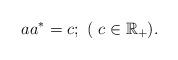
LaTeX: \begin{align*} aa^* = c; \ ( \ c \in \mathbb{R}_+). \end{align*}